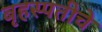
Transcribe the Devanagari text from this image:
बृहस्पतीचे